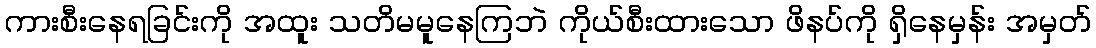
ကားစီးနေရခြင်းကို အထူး သတိမမူနေကြဘဲ ကိုယ်စီးထားသော ဖိနပ်ကို ရှိနေမှန်း အမှတ်